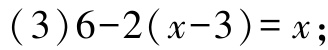
(3)$6 - 2(x - 3)=x$;